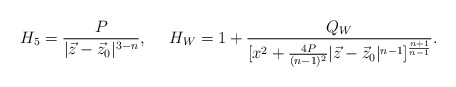
\begin{align*}H_5={P\over{|\vec{z}-\vec{z}_{0}|^{3-n}}},\ \ \ \ H_W=1+{{Q_W}\over{[x^2+{{4P}\over{(n-1)^2}}|\vec{z}-\vec{z}_{0}|^{n-1}]^{{n+1}\over{n-1}}}}.\end{align*}